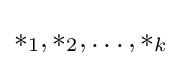
*_{1},*_{2},\ldots ,*_{k}